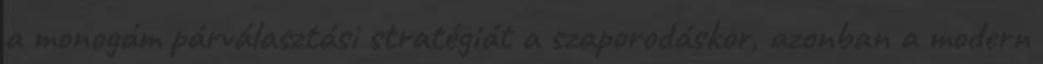
a monogám párválasztási stratégiát a szaporodáskor, azonban a modern